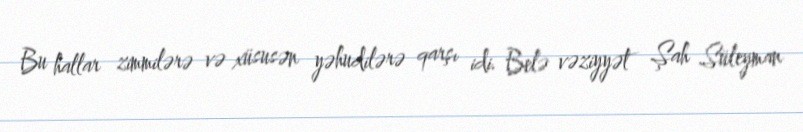
Bu hallar zimmilərə və xüsusən yəhudilərə qarşı idi. Belə vəziyyət Şah Süleyman